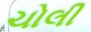
ચોલી